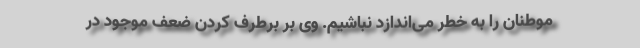
موطنان را به خطر می‌اندازد نباشیم. وی بر برطرف کردن ضعف موجود در